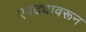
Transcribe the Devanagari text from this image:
एवढ्यावरून